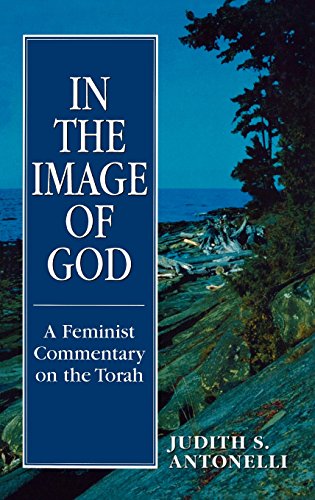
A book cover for In the Image of God: A Feminist Commentary on the Torah; Judith S. Antonelli; Religion & Spirituality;